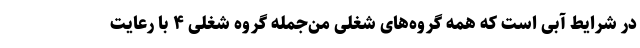
در شرایط آبی است که همه گروه‌های شغلی من‌جمله گروه شغلی ۴ با رعایت